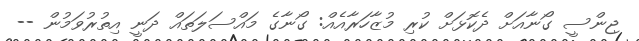
ޖިންސީ ގޯނާއަށް ދެކޮޅަށް ކުރި މުޒާހަރާއެއް: ގޯނާގެ މައްސަލަތައް ދަނީ އިތުރުވަމުން --